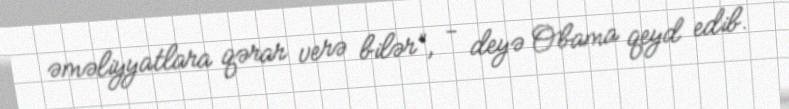
əməliyyatlara qərar verə bilər”, - deyə Obama qeyd edib.